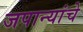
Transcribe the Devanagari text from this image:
जपान्यांचे